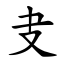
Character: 叏